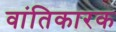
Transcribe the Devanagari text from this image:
वांतिकारक